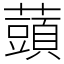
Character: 䕱